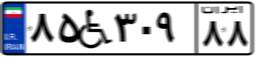
۶۰W۸۱۱۸۴